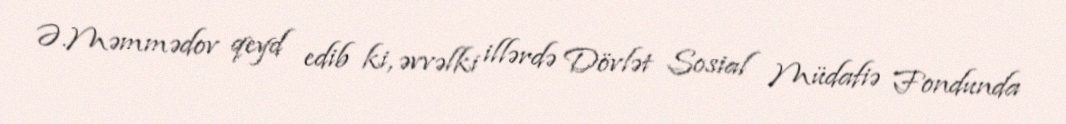
Ə.Məmmədov qeyd edib ki, əvvəlki illərdə Dövlət Sosial Müdafiə Fondunda